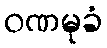
ဝဏမုခံ